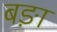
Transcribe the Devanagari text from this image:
बङ़ा